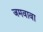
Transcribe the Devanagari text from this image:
जमवावा